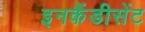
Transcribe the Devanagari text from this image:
इनकैंडीसेंट